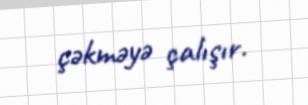
çəkməyə çalışır.